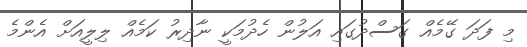
މި ފަދަ ގޭމެއް ގަސްދުގައި އަލުން ހެދުމަކީ ނާދިރު ކަމެއް ލިލީއަށް އެންމެ